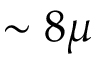
\sim 8 \mu